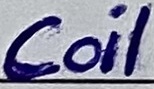
Text: Coil